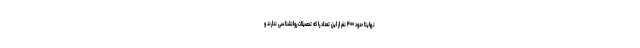
نهایتا حدود ۴۰۰ نفر از این تعداد را که تحصیلات روانشناسی ندارند و